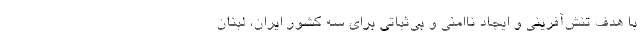
با هدف تنش‌آفرینی و ایجاد نا‌امنی و بی‌ثباتی برای سه کشور ایران، لبنان